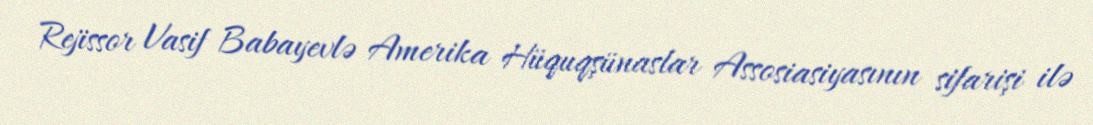
Rejissor Vasif Babayevlə Amerika Hüquqşünaslar Assosiasiyasının sifarişi ilə